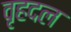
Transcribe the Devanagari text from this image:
वृहदल